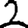
Digit: 2